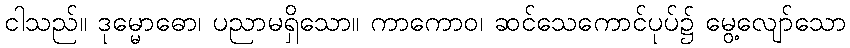
ငါသည်။ ဒုမ္မောဓော၊ ပညာမရှိသော။ ကာကောဝ၊ ဆင်သေကောင်ပုပ်၌ မွေ့လျော်သော